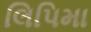
લિપિમા